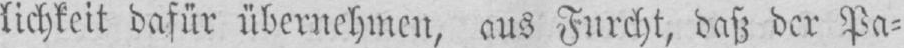
lichkeit dafür übernehmen, aus Furcht, daß der Pa⸗